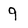
Character: 9